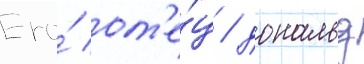
Его́ от'е́ц / дональд